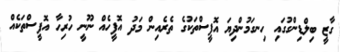
ގާޒީ ބިލްޑިންގުގައި ހިނގަމުންދިޔަ އޮފީސްތަކުގެ ތެރެއިން މަދު އޮފީހެއް ނޫނީ ހުރިހާ އޮފީސްތަކެއް